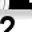
Digit: 2